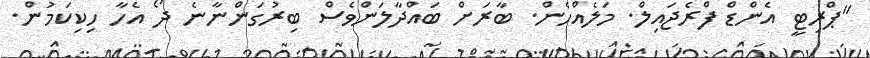
"ޕްރިޓީ އެންޑް ފްރެޖައިލް. މަލެއްހެން. ބާރަށް ބައްދާލަންވެސް ބިރުގަންނާނެ ދޯ އެހާ ހިކިކަމުން.